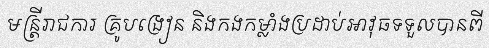
មន្ត្រីរាជការ គ្រូបង្រៀន និងកងកម្លាំងប្រដាប់អាវុធទទួលបានពី